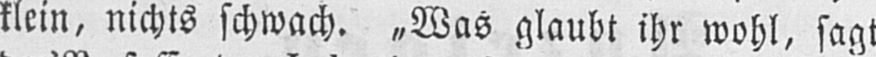
klein, nichts schwach. „Was glaubt ihr wohl, sagt